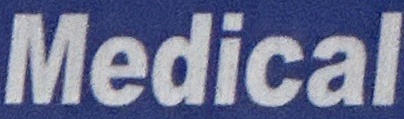
Medical